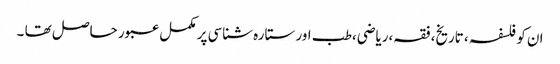
ان کو فلسفہ ، تاریخ، فقہ،ریاضی،طب اور ستارہ شناسی پر مکمل عبور حاصل تھا ۔